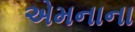
એમનાના